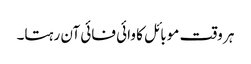
ہر وقت موبائل کا وائی فائی آن رہتا۔